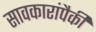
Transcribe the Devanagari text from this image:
सावकारांपैकी